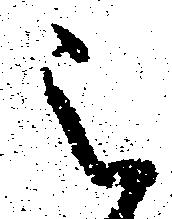
被